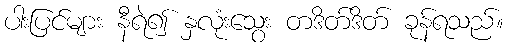
ပါးပြင်များ နီရဲ၍ နှလုံးသွေး တဒိတ်ဒိတ် ခုန်ရသည်။